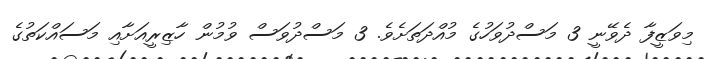
މިވަޒީފާ ދެވޭނީ 3 މަސްދުވަހުގެ މުއްދަތަށެވެ. 3 މަސްދުވަސް ވުމުން ހާޒިރީއަށާއި މަސައްކަތުގެ